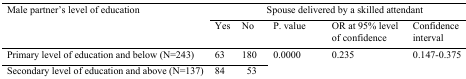
<table><thead><tr><td rowspan="2"><b>Male partner’s level of education</b></td><td colspan="5"><b>Spouse delivered by a skilled attendant</b></td></tr><tr><td></td><td><b>Yes</b></td><td><b>No</b></td><td><b>P. value</b></td><td><b>OR at 95% level of confidence</b></td><td><b>Confidence interval</b></td></tr></thead><tbody><tr><td>Primary level of education and below (N=243)</td><td>63</td><td>180</td><td rowspan="2">0.0000</td><td rowspan="2">0.235</td><td rowspan="2">0.147-0.375</td></tr><tr><td>Secondary level of education and above (N=137)</td><td>84</td><td>53</td></tr></tbody></table>